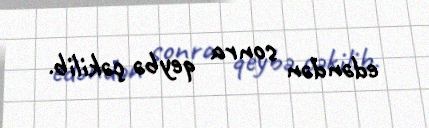
edəndən sonra qeybə çəkilib.